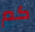
كم